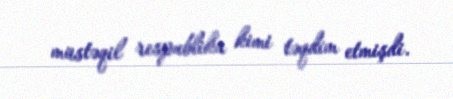
müstəqil respublika kimi təqdim etmişdi.